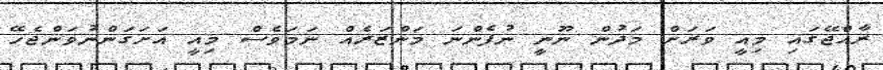
ރާއްޖޭގައި މިއީ ވަރަށް މަދުން ނޫނީ ނުފެންނަ މަންޒަރެއް ނަމަވެސް މިއީ އަށަގަންނުވަންޖެހޭ